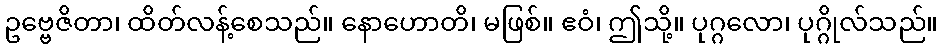
ဥဗ္ဗေဇိတာ၊ ထိတ်လန့်စေသည်။ နောဟောတိ၊ မဖြစ်။ ဧဝံ၊ ဤသို့။ ပုဂ္ဂလော၊ ပုဂ္ဂိုလ်သည်။